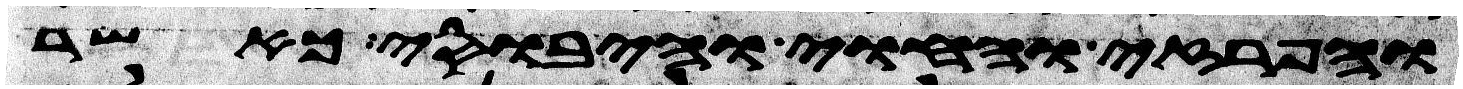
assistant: והפרזי והחוי והיבוסי כאשר